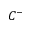
C ^ { - }